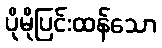
ပိုမိုပြင်းထန်သော